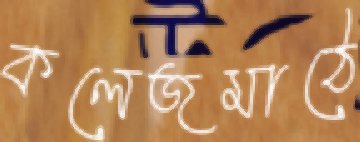
কলেজমাঠে